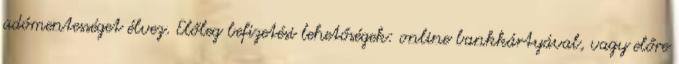
adómentességet élvez. Előleg befizetési lehetőségek: online bankkártyával, vagy előre